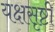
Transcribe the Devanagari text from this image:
यक्षसृष्टी